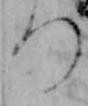
つ